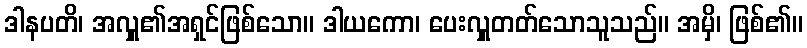
ဒါနပတိ၊ အလှူ၏အရှင်ဖြစ်သော။ ဒါယကော၊ ပေးလှူတတ်သောသူသည်။ အမှိ၊ ဖြစ်၏။